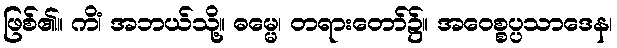
ဖြစ်၏။ ကိံ၊ အဘယ်သို့။ ဓမ္မေ၊ တရားတော်၌။ အဝေစ္စပ္ပသာဒေန၊